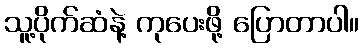
သူ့ပိုက်ဆံနဲ့ ကုပေးဖို့ ပြောတာပါ။